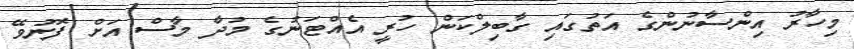
މިހާރު އިންސާނުންގެ އަތުގައި ގާބިލްކަން ހުރީ އެއްޓަނުގެ މުދާ މާސް އަށް ފޮނުވޭ